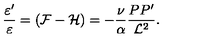
\frac { \varepsilon ^ { \prime } } { \varepsilon } = ( { \cal F } - { \cal H } ) = - \frac { \nu } { \alpha } \frac { P P ^ { \prime } } { { \cal L } ^ { 2 } } .